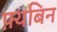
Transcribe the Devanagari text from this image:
फ़्यबिन